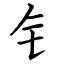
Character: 钅